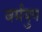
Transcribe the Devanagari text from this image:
वर्मयुग